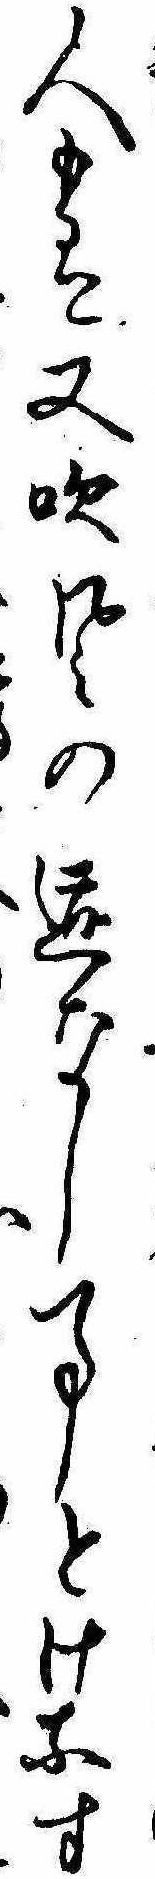
人も有又吹風の跡なし事とけなす